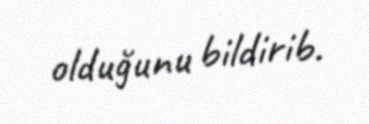
olduğunu bildirib.